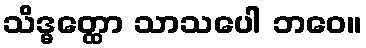
သိဒ္ဓတ္ထော သာသပေါ ဘဝေ။